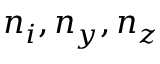
n _ { i } , n _ { y } , n _ { z }